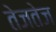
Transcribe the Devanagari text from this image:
तेजतेज